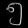
Digit: ၅